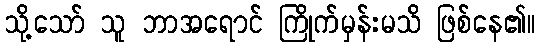
သို့သော် သူ ဘာအရောင် ကြိုက်မှန်းမသိ ဖြစ်နေ၏။